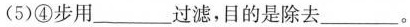
(5)④步用___过滤，目的是除去___。